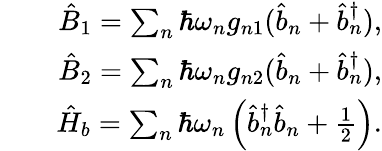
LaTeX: \begin{array}{rlr}&{}&{\hat{B}_{1}=\sum_{n}\hbar\omega_{n}g_{n1}(\hat{b}_{n}+\hat{b}_{n}^{\dagger}),}\\ &{}&{\hat{B}_{2}=\sum_{n}\hbar\omega_{n}g_{n2}(\hat{b}_{n}+\hat{b}_{n}^{\dagger}),}\\ &{}&{\hat{H}_{b}=\sum_{n}\hbar\omega_{n}\left(\hat{b}_{n}^{\dagger}\hat{b}_{n}+\frac{1}{2}\right).}\end{array}